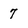
Character: 7